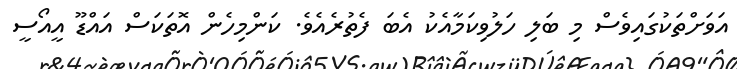
އަވަށްތަކުގައިވެސް މި ބަލި ހަލުވިކަމާއެކު އެބަ ފެތުރެއެވެ. ކަންމިހެން އޮތަކަސް އައްޑޫ އީއޯސީ